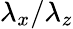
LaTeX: {\lambda}_{x}/{\lambda}_{z}